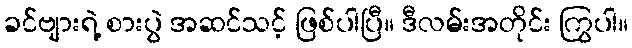
ခင်ဗျားရဲ့ စားပွဲ အဆင်သင့် ဖြစ်ပါပြီ။ ဒီလမ်းအတိုင်း ကြွပါ။